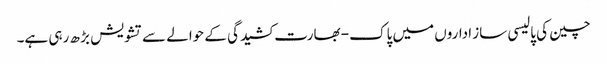
چین کی پالیسی ساز اداروں میں پاک- بھارت کشیدگی کے حوالے سے تشویش بڑ ھ رہی ہے۔